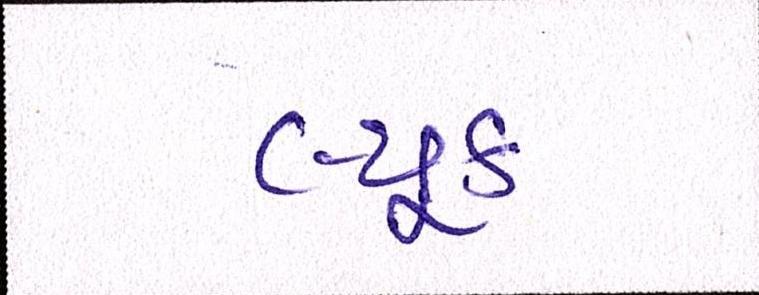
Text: લ્યૂક